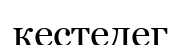
кестедег